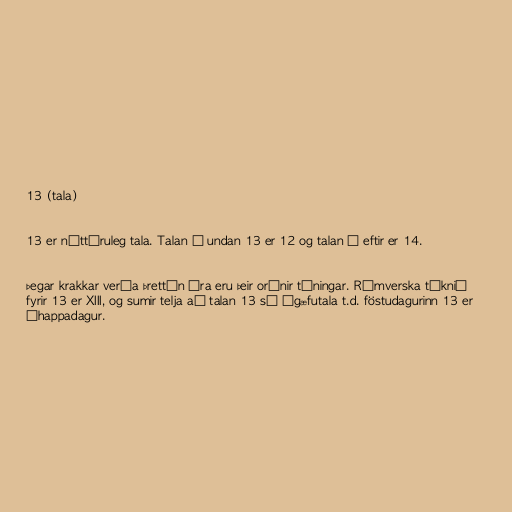
13 (tala)

13 er náttúruleg tala. Talan á undan 13 er 12 og talan á eftir er 14.

Þegar krakkar verða þrettán ára eru þeir orðnir táningar. Rómverska táknið
fyrir 13 er XIII, og sumir telja að talan 13 sé ógæfutala t.d. föstudagurinn 13 er
óhappadagur.